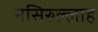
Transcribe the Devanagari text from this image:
नसिरुल्लाह